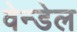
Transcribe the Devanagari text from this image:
वेन्डेल